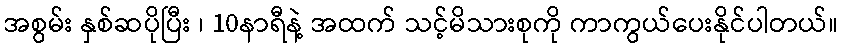
အစွမ်း နှစ်ဆပိုပြီး ၊ 10နာရီနဲ့ အထက် သင့်မိသားစုကို ကာကွယ်ပေးနိုင်ပါတယ်။